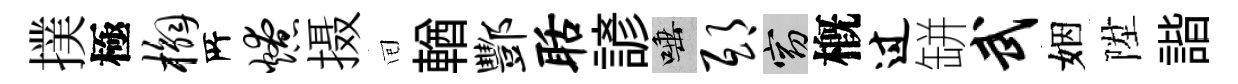
撲極槲𠩄燎摄囘輶酆聒諺唾邸窈槪过缾武姻陞諧